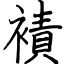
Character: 襀